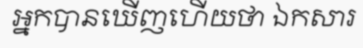
អ្នកបានឃើញហើយថា ឯកសារ